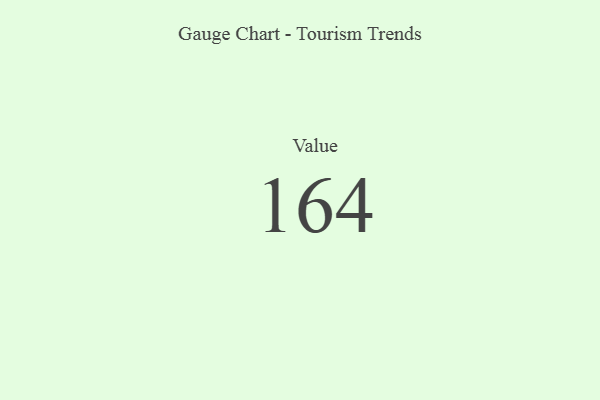
{"axis": {"x": "Metric", "y": "Value"}, "legend": [""], "data": [{"x": "Value", "y": 164, "type": ""}]}